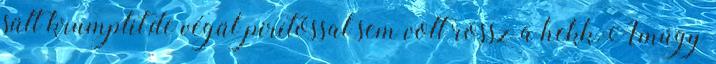
sült krumplit,de végül pirítóssal sem volt rossz a hekk.Amúgy